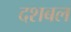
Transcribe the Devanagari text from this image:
दशबल